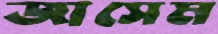
জাসেম